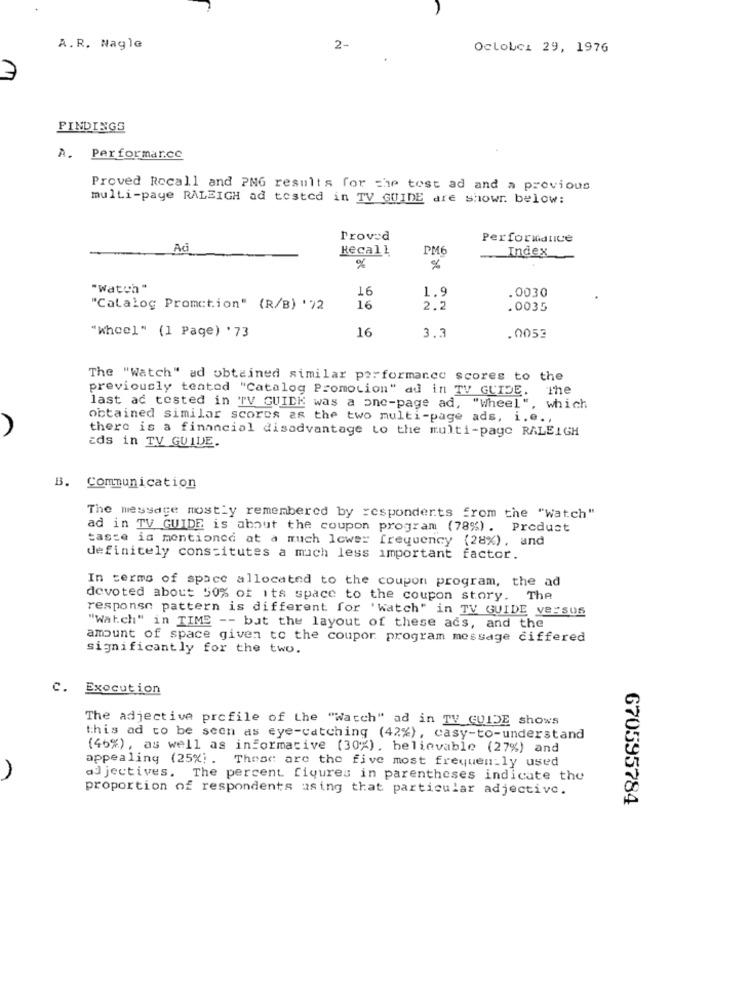
A.R. Nagle
2-
Octobci 29, 1976
7
PINDINGS
A. Performar.cc
Proved Recall and PMG results for che tost ad and a previous
multi-paye RALEIGH ad tested in TV GUIDE are showr. below:
Proved
Performance
AG
Recall
PM6
Index
%
"Watch "
16
.0030
1.9
"Catalog Promction" (R/B) '72
16
2.2
. 0035
"wheel" (1 Page) ' 73
16
3.3
.0053
The "Watch" ad obtained similar performance scores to the
previously tented "Catalog Promotion" ad in TV GUIDE. The
last ad tested in TV GUIDK was a one-page ad, "Wheel", which
obtained similar scores as the two multi-page ads, i.e .,
there is a financial disadvantage to the multi-pago RALEIGH
Eds in TV GUIDE.
B. Communication
The message mostly remembered by :esponderts from the "Watch"
ad in TV GUIDE is about the coupon program (78%) . Produst
taste is mentioned at a much lower frequency (28%), and
definitely constitutes a much less important factor.
In terms of space allocated to the coupon program, the ad
devoted about 50% of its space to the coupon story. The
response pattern is different for 'watch" in TV GUIDE ve:sus
"Watch" in TIME -- but the layout of these acs, and the
amount of space given to the coupor program message differed
significantly for the two.
C. Execution
The adjective profile of the "watch" ad in TV GUIDE shows
this ad to be seen as eye-catching (42%), casy-to-understand
(46%), as well as informative (30%), believable (27%) and
appealing (25%). These are the five most frequently used
adjectives. The percent figures in parentheses indicate the
proportion of respondents using that particular adjective.
670595784